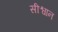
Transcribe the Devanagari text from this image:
सीश्वान